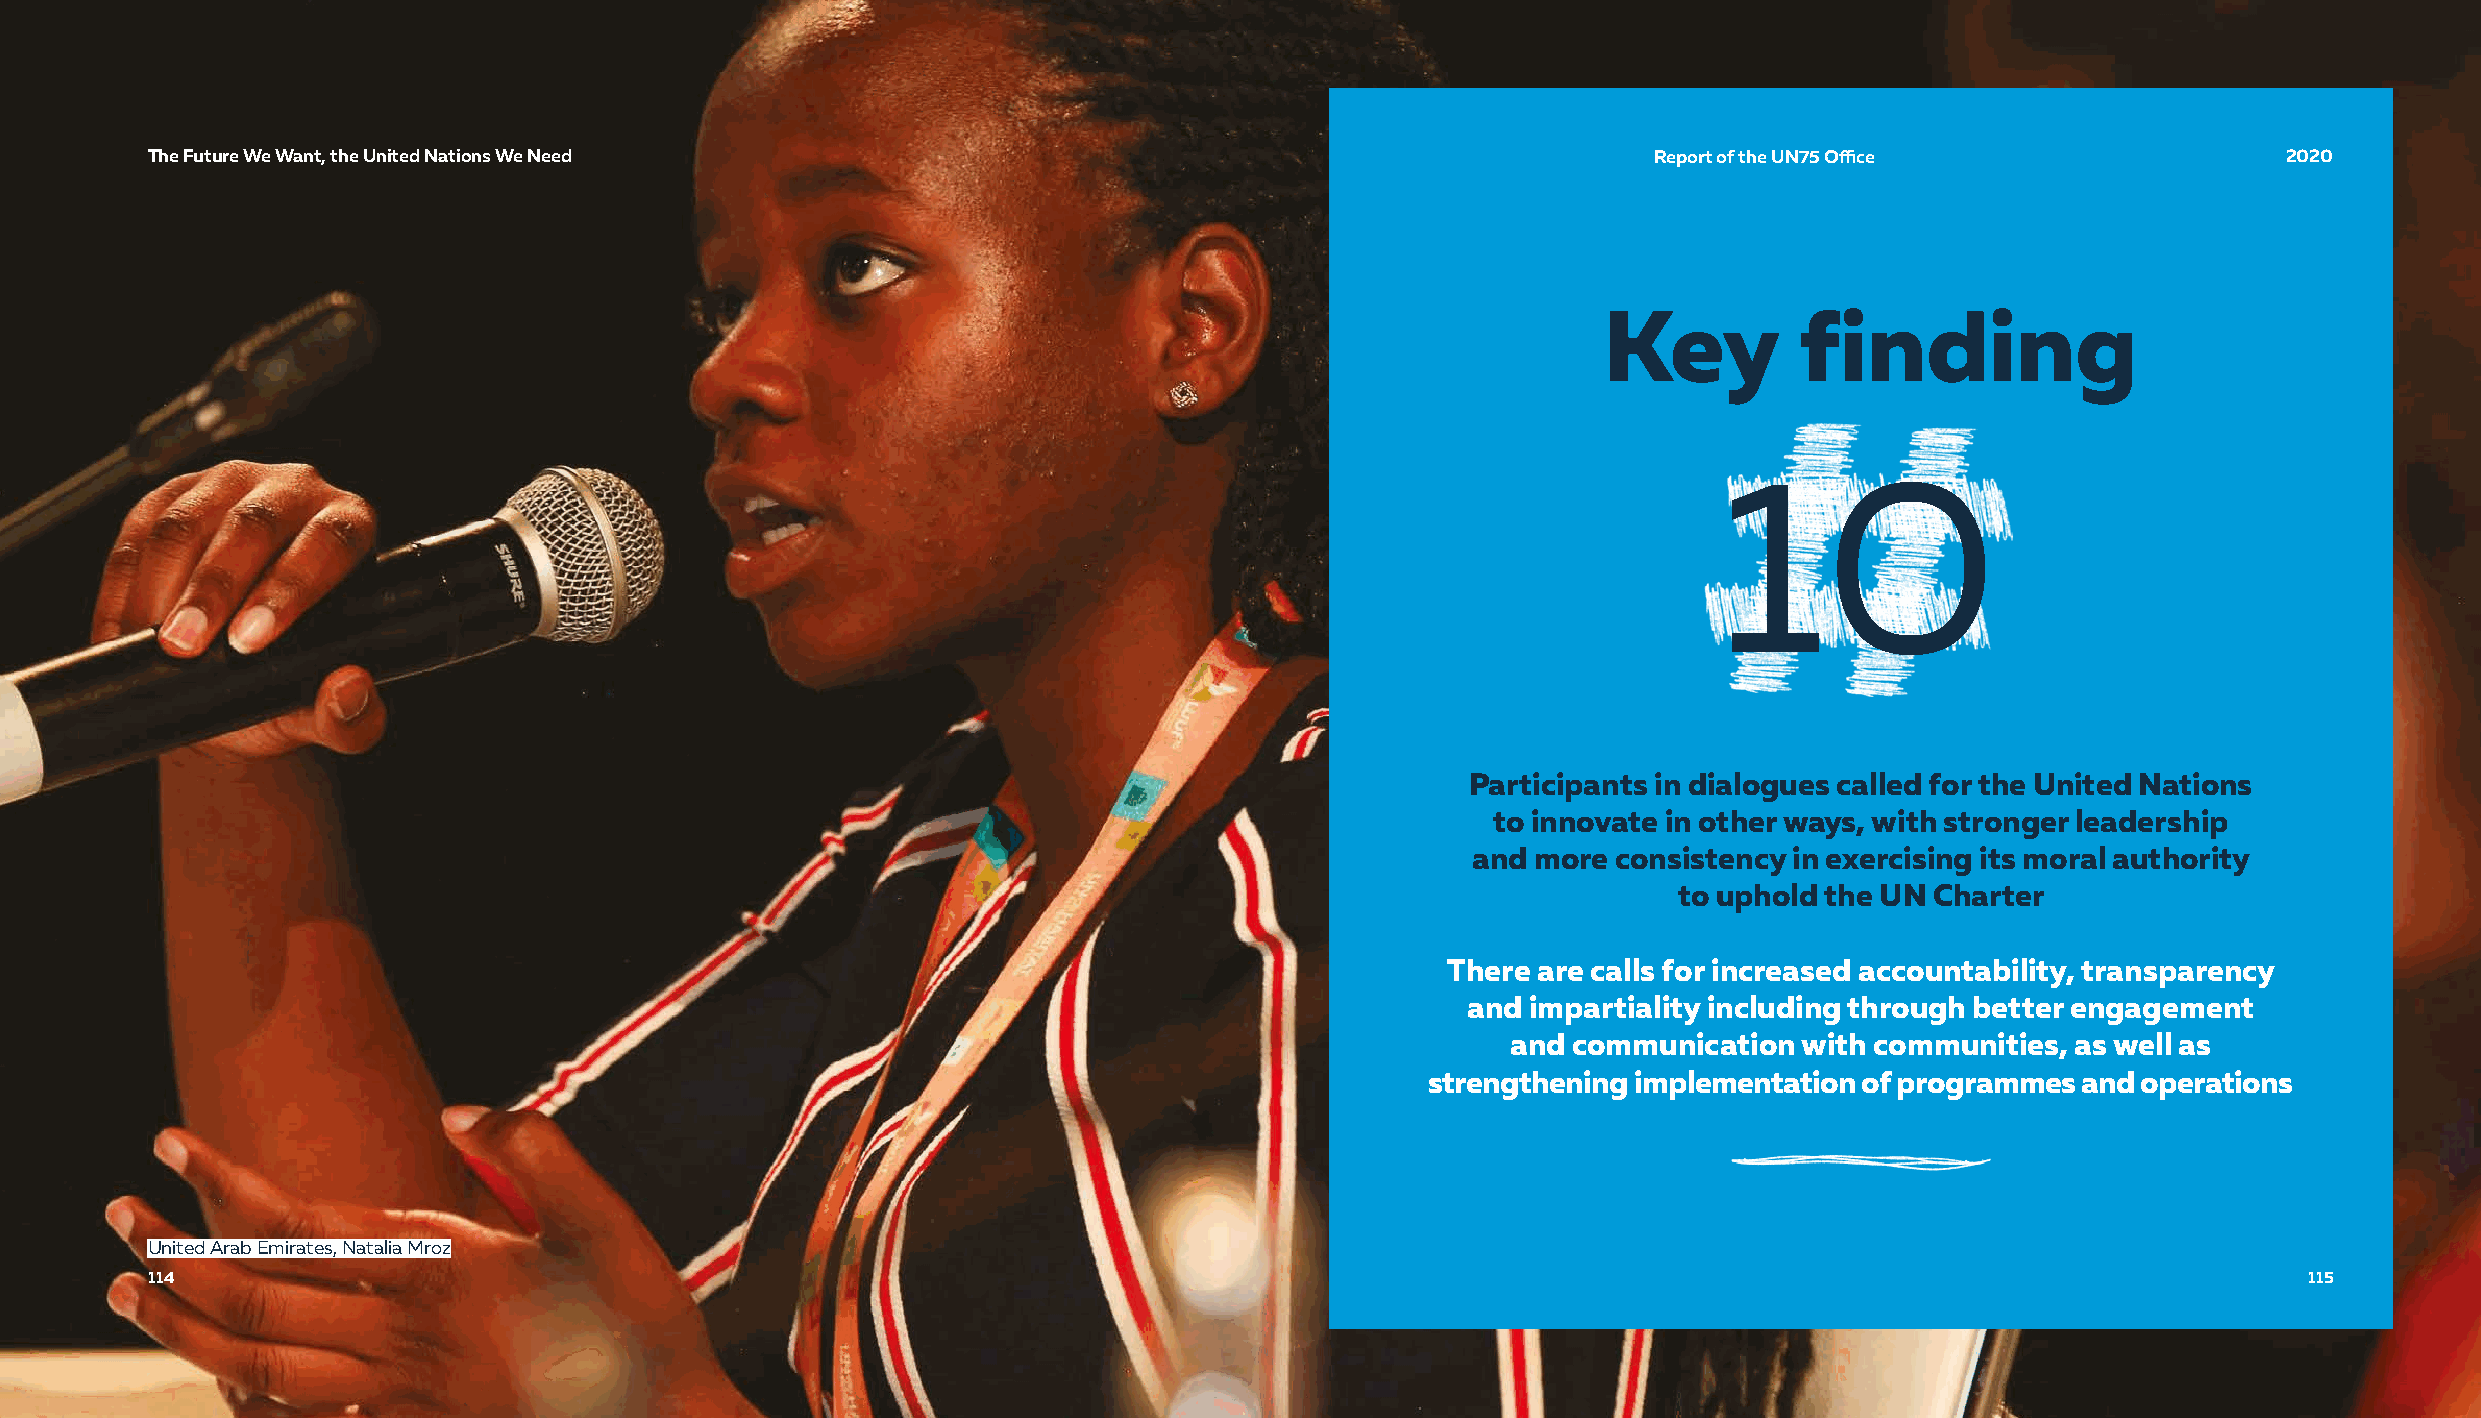
TThhee FFuuttuurree WWee WWaanntt,, tthhee UUnniitteedd NNaattiioonnss WWee NNeeeedd               RReeppoorrtt ooff tthhee UUNN7755 OOffifficcee 22002200
 Key          finding
 10
 Participants in dialogues called for the United Nations
 to innovate in other ways, with stronger leadership
 and  more consistency in exercising its moral authority
 to uphold the UN Charter
 There are calls for increased accountability, transparency
 and impartiality including through better engagement
 and communication  with communities, as well as
 strengthening implementation of programmes and operations
 United Arab Emirates, Natalia Mroz
 111144                                                                                                                                         111155